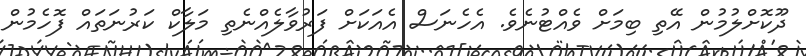
ދޫކޮށްލުމުން އޭތި ބިމަށް ވެއްޓުނެވެ. އެހެނަސް އެއަކަށް ފަރުވާލެއްނެތި މަލާކް ކަރުނަތައް ފޮހެމުން